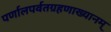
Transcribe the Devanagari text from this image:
पर्णालपर्वतग्रहणाख्यानम्